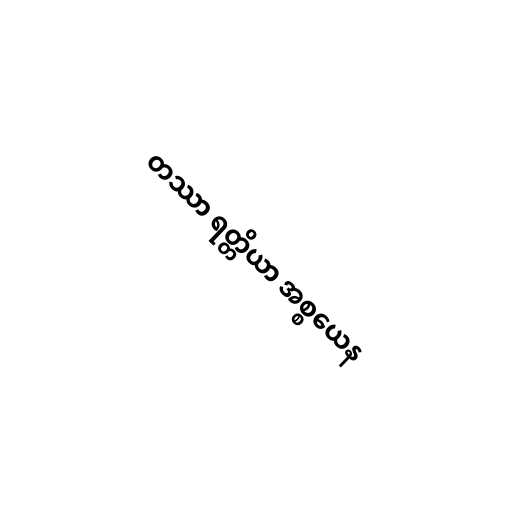
တဿာ ရတ္တိယာ အစ္စယေန